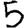
Digit: 5